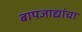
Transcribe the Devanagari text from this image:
बापजाद्यांचा